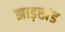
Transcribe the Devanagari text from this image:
झाड़खंड